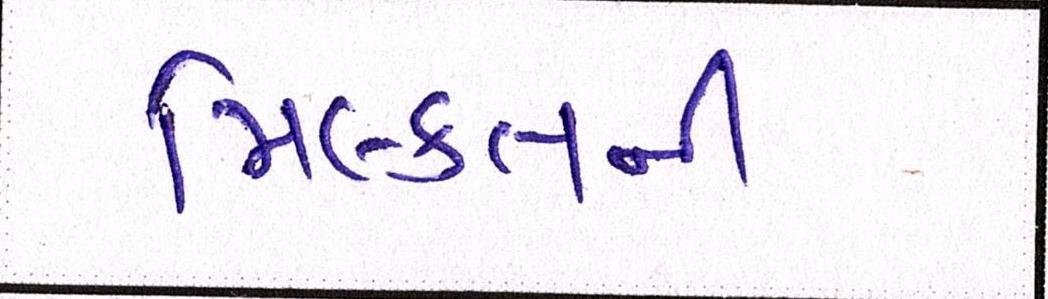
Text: મિલ્કતની